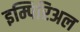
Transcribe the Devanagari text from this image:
इम्पिरिअल